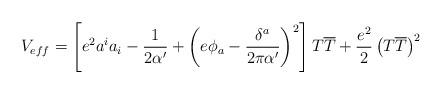
LaTeX: \begin{align*}V_{eff}=\left[ e^{2}a^{i}a_{i}-\frac{1}{2\alpha '}+\left( e\phi _{a}-\frac{\delta ^{a}}{2\pi \alpha '}\right) ^{2}\right] T\overline{T}+\frac{e^{2}}{2}\left( T\overline{T}\right) ^{2}\end{align*}